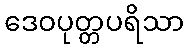
ဒေဝပုတ္တပရိသာ